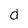
Character: d